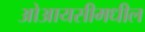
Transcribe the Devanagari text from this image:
ओआयसीमधील